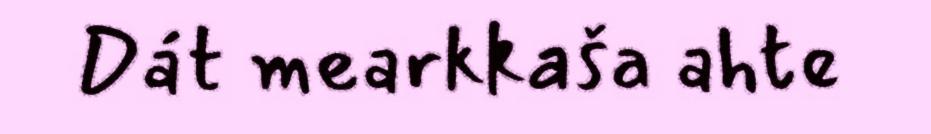
Dát mearkkaša ahte